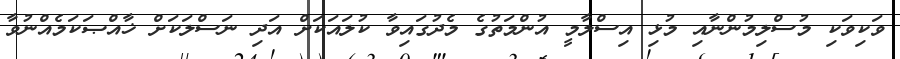
ވަކިވަކި މުސްލިމުންނާއި މުޅި އިސްލާމީ އުންމަތުގެ މެދުގައިވާ ކުލައަކަށް އަދި ނަސްލަކަށް ޚާއްޞަކަމެއްނުވާ